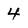
Character: 4